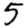
Digit: 5